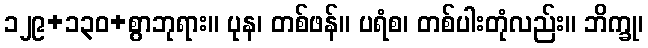
၁၂၉+၁၃၀+စွာဘုရား။ ပုန၊ တစ်ဖန်။ ပရံစ၊ တစ်ပါးတုံလည်း။ ဘိက္ခု၊